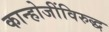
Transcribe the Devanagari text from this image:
कान्होजींविरुद्ध